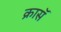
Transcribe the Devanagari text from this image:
क्रासॅ